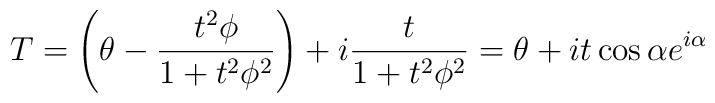
T=\left(\theta-\frac{t^2 \phi}{1+t^2\phi^2}\right) + i \frac{t}{1+t^2\phi^2}= \theta + i t \cos \alpha e^{i\alpha}